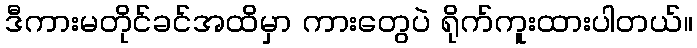
ဒီကားမတိုင်ခင်အထိမှာ ကားတွေပဲ ရိုက်ကူးထားပါတယ်။